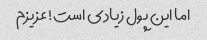
اما این پول زیادی است! عزیزم